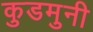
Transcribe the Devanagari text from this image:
कुडमुनी